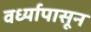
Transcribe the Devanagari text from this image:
वर्ध्यापासून